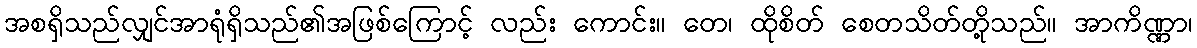
အစရှိသည်လျှင်အာရုံရှိသည်၏အဖြစ်ကြောင့် လည်း ကောင်း။ တေ၊ ထိုစိတ် စေတသိတ်တို့သည်။ အာကိဏ္ဏာ၊